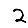
Digit: 2